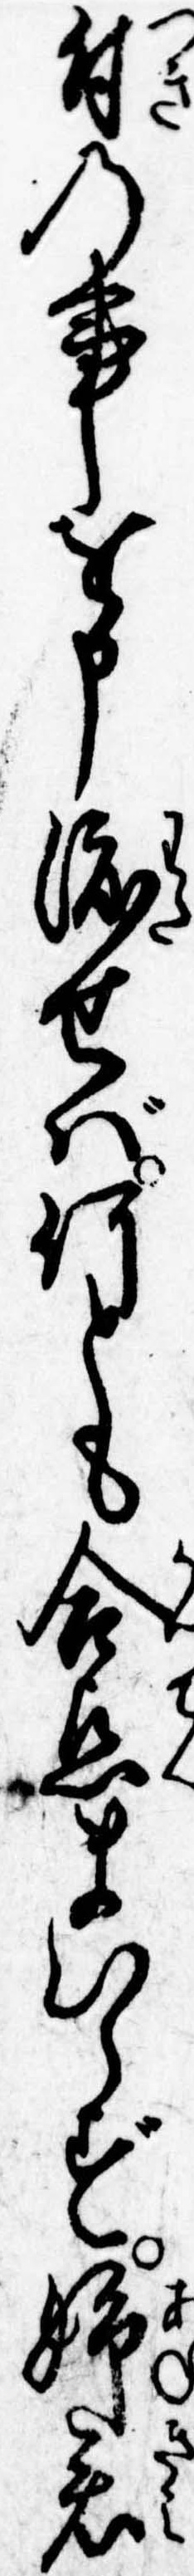
付の事を申渡せば何とも合点まいらず姉君